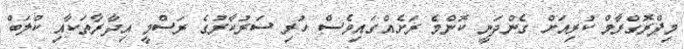
މިޕްރޮގްރާމް ކުރިއަށް ގެންދަނީ ކޮންމެ ރަށެއްގައިވެސް ހުރި ސަރުކާރުގެ ރަސްމީ އިދާރާތަކާއި ކްލަބް